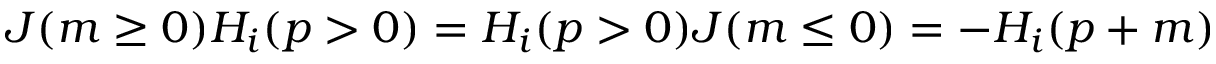
J ( m \ge 0 ) H _ { i } ( p > 0 ) = H _ { i } ( p > 0 ) J ( m \le 0 ) = - H _ { i } ( p + m )